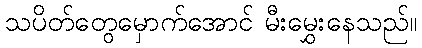
သပိတ်တွေမှောက်အောင် မီးမွှေးနေသည်။